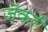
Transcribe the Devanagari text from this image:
ज़ॅकरी